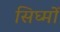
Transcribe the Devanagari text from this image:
सिघ्मों